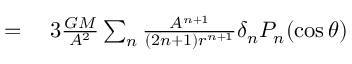
\begin{array} { r l } { = { } } & { { } 3 { \frac { G M } { A ^ { 2 } } } \sum _ { n } { \frac { A ^ { n + 1 } } { ( 2 n + 1 ) r ^ { n + 1 } } } \delta _ { n } P _ { n } ( \cos \theta ) } \end{array}